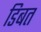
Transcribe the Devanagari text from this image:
डिबत